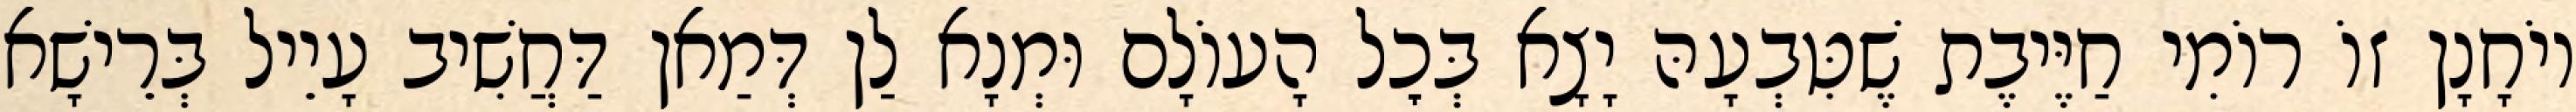
יוֹחָנָן זוֹ רוֹמִי חַיֶּיבֶת שֶׁטִּבְעָהּ יָצָא בְּכׇל הָעוֹלָם וּמְנָא לַן דְּמַאן דַּחֲשִׁיב עָיֵיל בְּרֵישָׁא